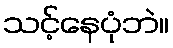
သင့်နေပုံဘဲ။